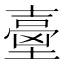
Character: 𡔼